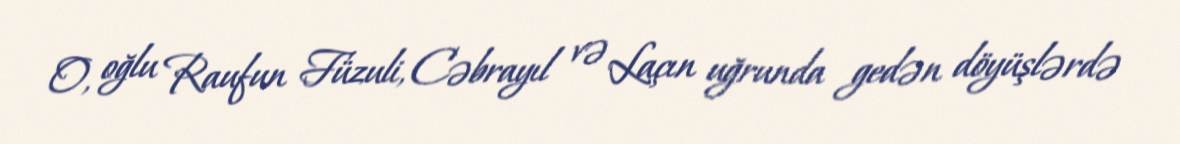
O, oğlu Raufun Füzuli, Cəbrayıl və Laçın uğrunda gedən döyüşlərdə